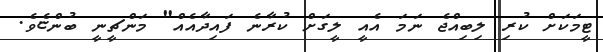
ޓީމަކަށް ކުރި ލިބިއްޖެ ނަމަ އެއީ ލީގަށް ކުރާނެ ފައިދާއެއް" މަންޗީނީ ބުންޏެވެ.